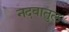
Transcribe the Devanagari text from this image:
नदवातुल